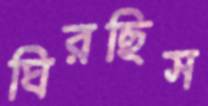
ঘিরছিস